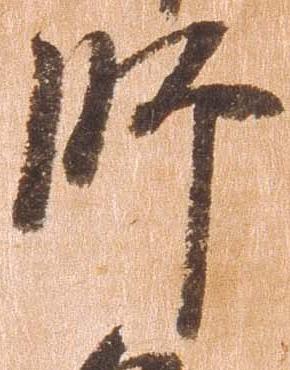
師